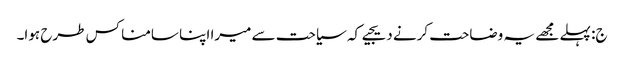
ج: پہلے مجھے یہ وضاحت کرنے دیجیے کہ سیاحت سے میرا اپنا سامنا کس طرح ہوا۔